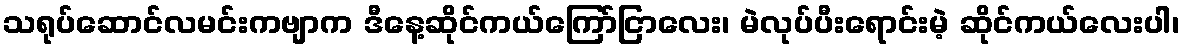
သရုပ်ဆောင်လမင်းကဗျာက ဒီနေ့ဆိုင်ကယ်ကြော်ငြာလေး၊ မဲလုပ်ပီးရောင်းမဲ့ ဆိုင်ကယ်လေးပါ၊